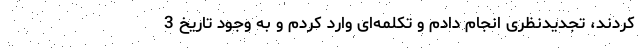
کردند، تجدیدنظری انجام دادم و تکلمه‌ای وارد کردم و به وجود تاریخ 3